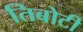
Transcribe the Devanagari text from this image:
तिबोटी